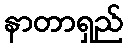
နာတာရှည်